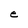
Character: e